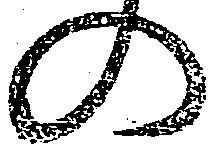
の